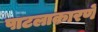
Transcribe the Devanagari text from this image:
पाटलाकारणें